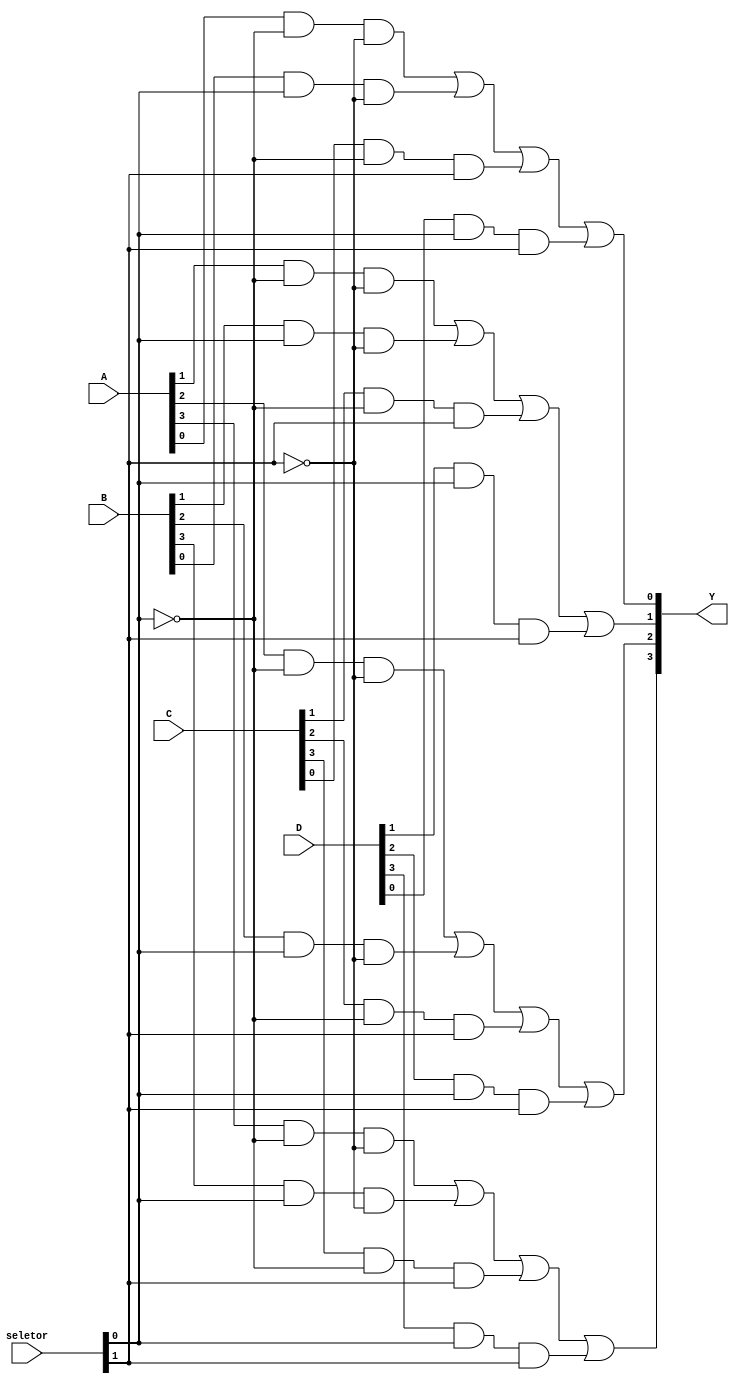
module mux16_4(input [3:0]A, input [3:0]B, input [3:0]C, input [3:0]D, input [1:0]seletor, output [3:0]Y);

and(aux, A[0], !seletor[0], !seletor[1]);
and(aux1, B[0], seletor[0], !seletor[1]);
and(aux2, C[0], !seletor[0], seletor[1]);
and(aux3, D[0], seletor[0], seletor[1]);

or(Y[0], aux, aux1, aux2, aux3);

and(aux4, A[1], !seletor[0], !seletor[1]);
and(aux5, B[1], seletor[0], !seletor[1]);
and(aux6, C[1], !seletor[0], seletor[1]);
and(aux7, D[1], seletor[0], seletor[1]);

or(Y[1], aux4, aux5, aux6, aux7);

and(aux8, A[2], !seletor[0], !seletor[1]);
and(aux9, B[2], seletor[0], !seletor[1]);
and(aux10, C[2], !seletor[0], seletor[1]);
and(aux11, D[2], seletor[0], seletor[1]);

or(Y[2], aux8, aux9, aux10, aux11);

and(aux12, A[3], !seletor[0], !seletor[1]);
and(aux13, B[3], seletor[0], !seletor[1]);
and(aux14, C[3], !seletor[0], seletor[1]);
and(aux15, D[3], seletor[0], seletor[1]);

or(Y[3], aux12, aux13, aux14, aux15);

endmodule